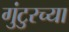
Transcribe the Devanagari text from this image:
गुंटुरच्या